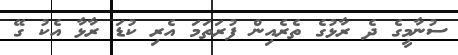
ސުނާމީގެ ދެ ރާޅުގެ ތެރެއިން ފުރަތަމަ އެރި ކުޑަ ރާޅާ އެކު ގޭ